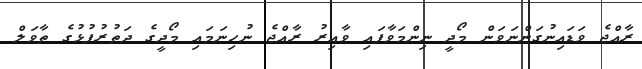
ރާއްޖެ ވަޑައިނުގަންނަވަން މޯދީ ނިންމަވާފައި ވާއިރު ރާއްޖެ ނުހިނަމައި މޯދީގެ ދަތުރުފުޅުގެ ތާވަލް